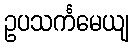
ဥပသင်္ကမေယျ